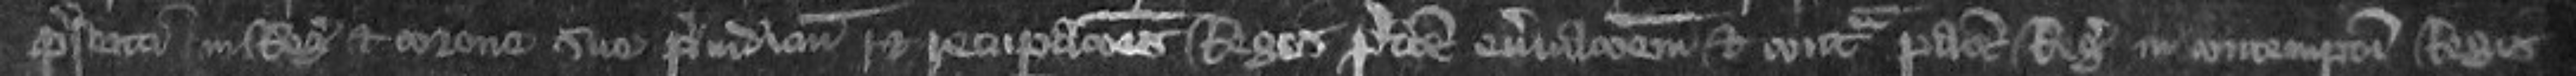
presenti in Regis et corone sue preiudicium et recuperationes Regis predicte enervationem et contra pacem Regis in contemptum Regis